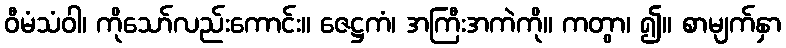
ဝီမံသံဝါ၊ ကိုသော်လည်းကောင်း။ ဇေဋ္ဌကံ၊ အကြီးအကဲကို။ ကတွာ၊ ၍။ စာမျက်နှာ